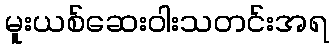
မူးယစ်ဆေးဝါးသတင်းအရ